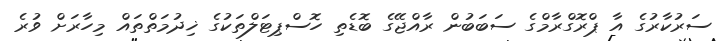
ސަރުކާރުގެ އާ ޕްރޮގްރާމްގެ ސަބަބުން ރާއްޖޭގެ ބޮޑެތި ހޮސްޕިޓަލްތަކުގެ ޚިދުމަތްތައް މިހާރަށް ވުރެ